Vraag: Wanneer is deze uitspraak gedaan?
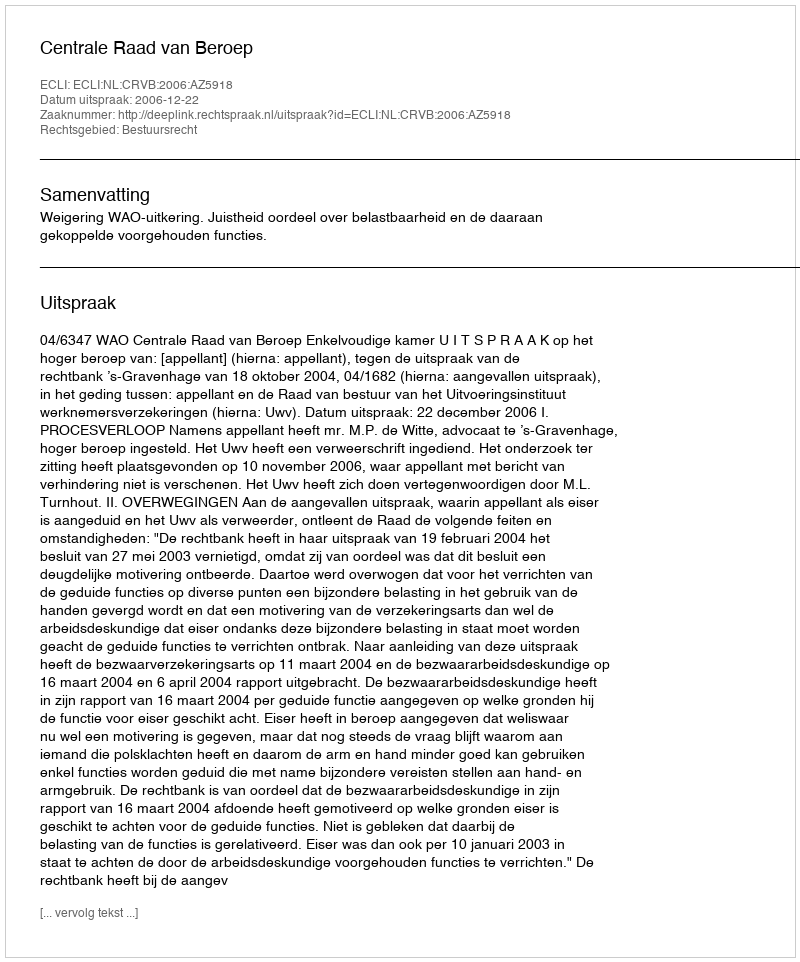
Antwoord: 2006-12-22